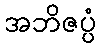
အဘိဇပ္ပံ